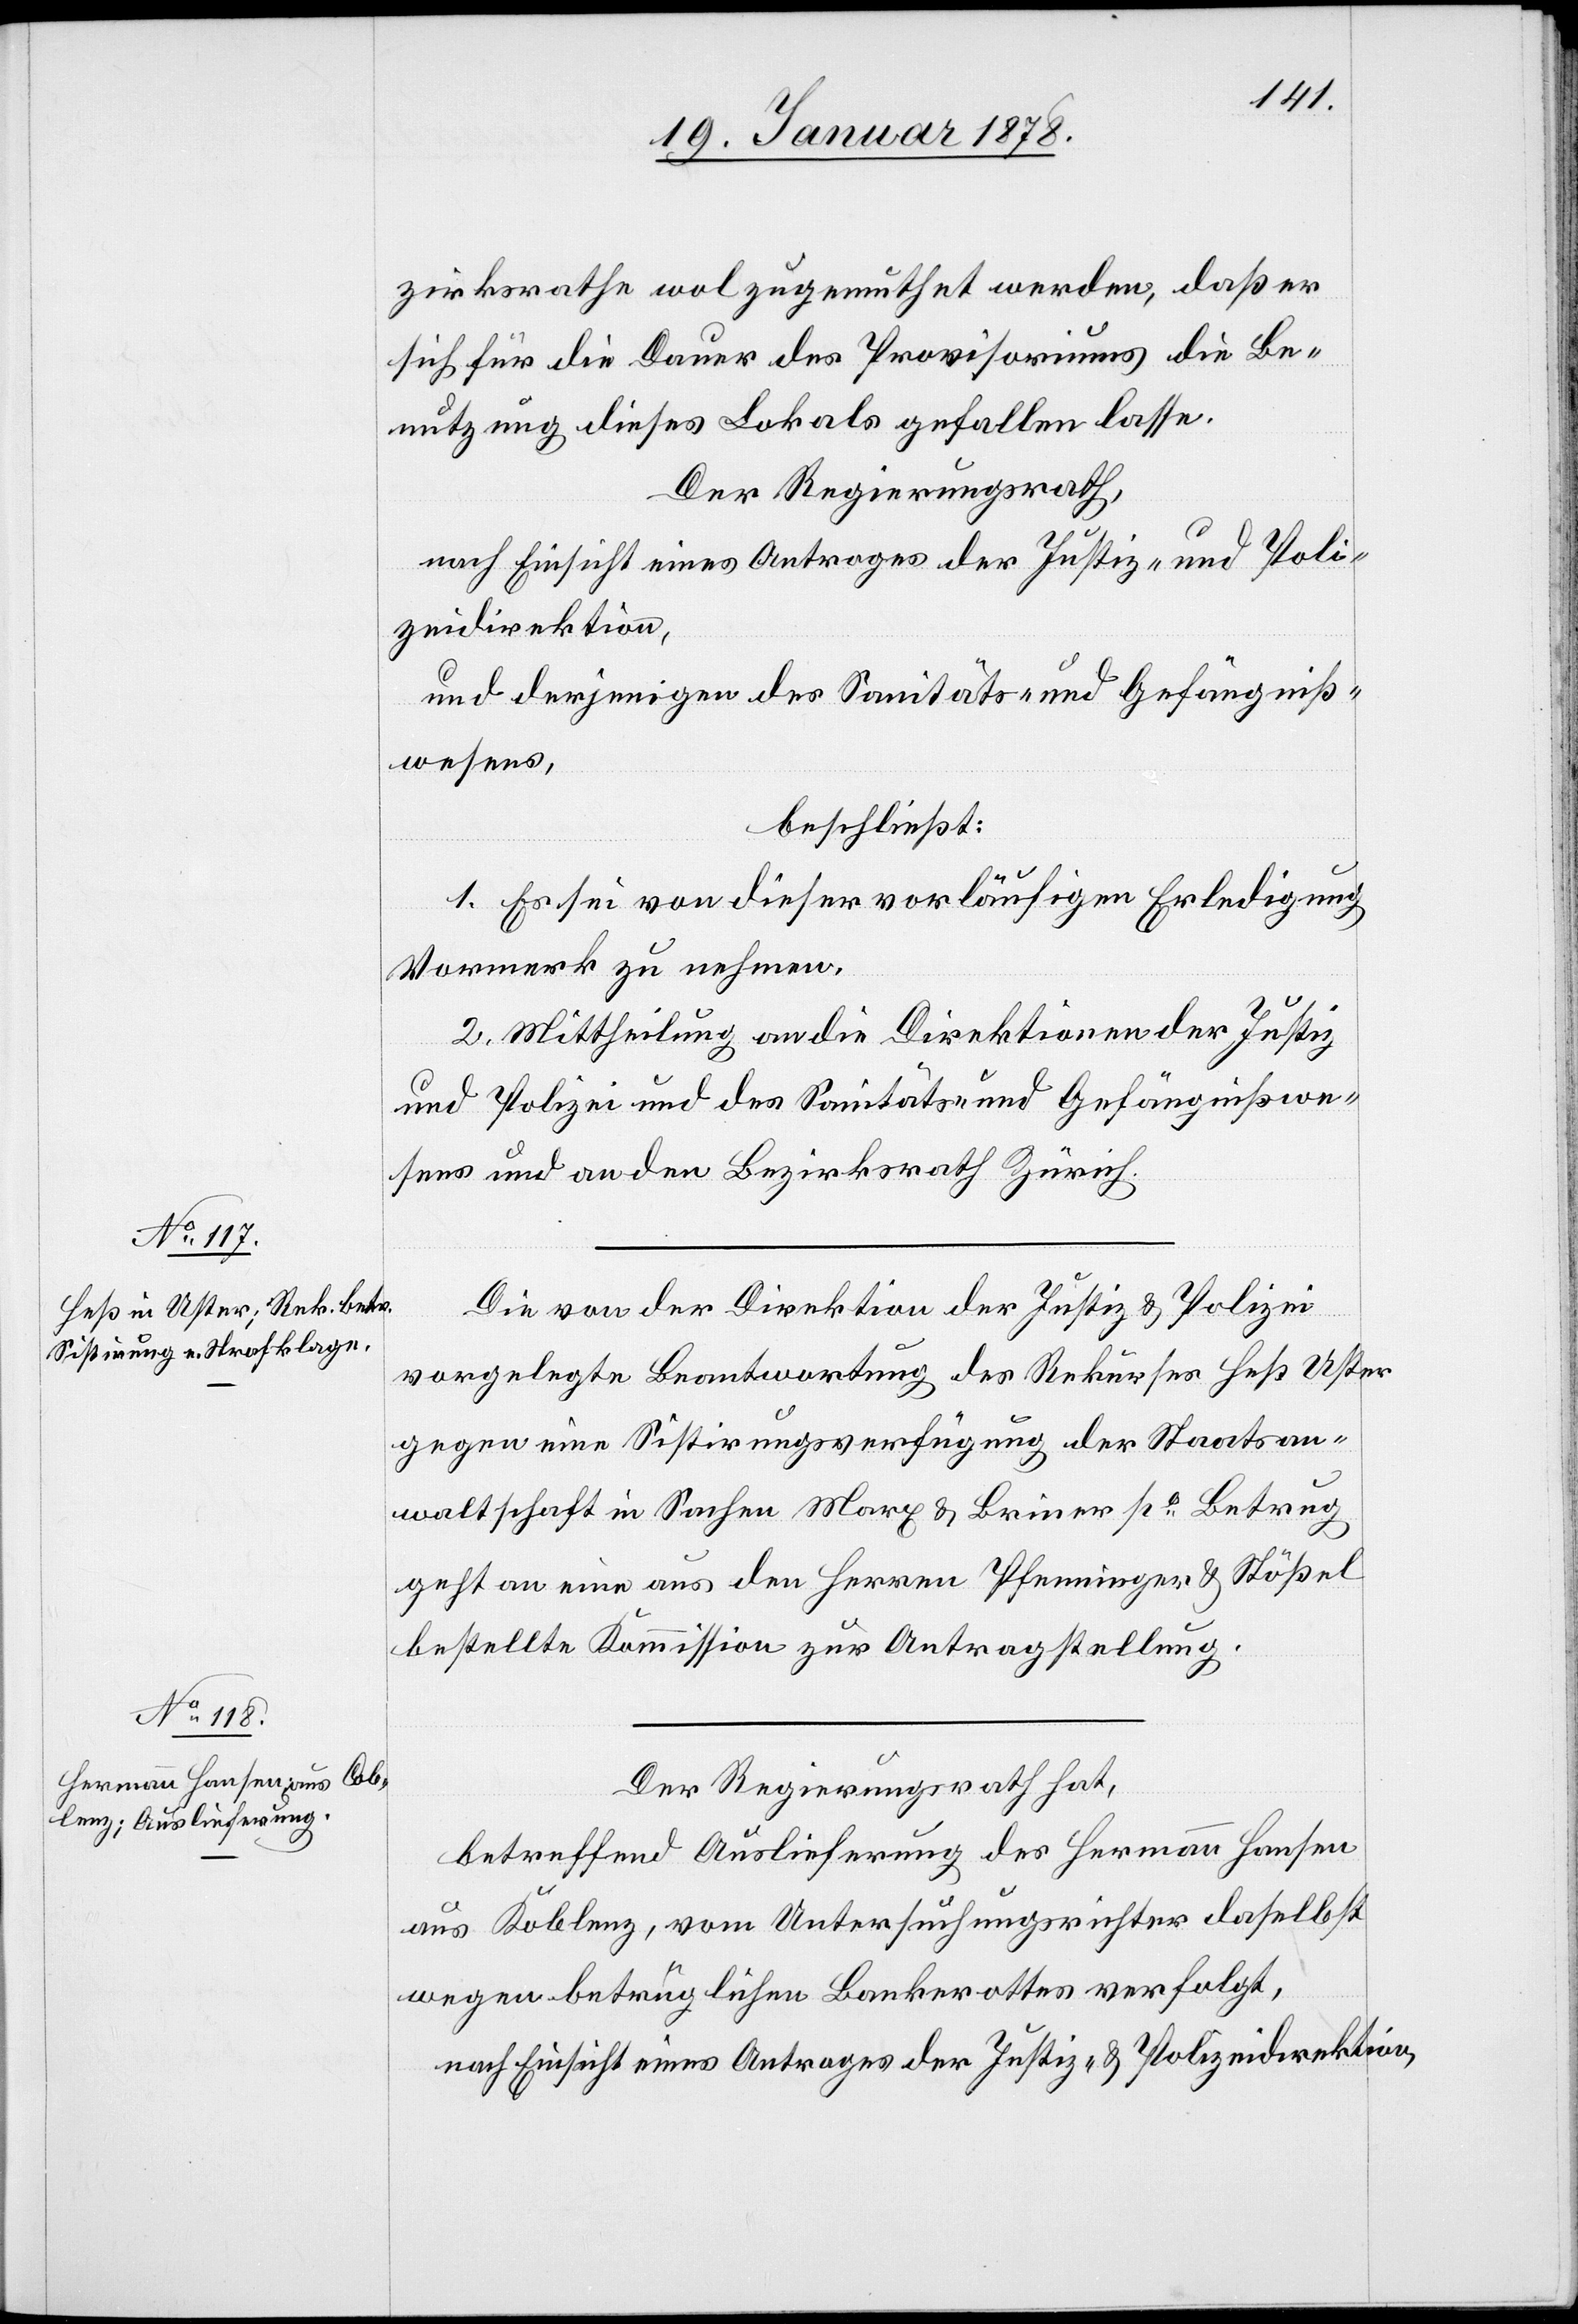
zirksrathe wol zugemuthet werden, daß er
sich für die Dauer des Provisoriums die Be¬
nutzung dieses Lokals gefallen lasse.
Der Regierungsrath,
nach Einsicht eines Antrages der Justiz- und Poli¬
zeidirektion,
und derjenigen des Sanitäts- & Gefängniß¬
wesens,
beschließt:
1. Es sei von dieser vorläufigen Erledigung
Vormerk zu nehmen.
2. Mittheilung an die Direktion der Justiz
und Polizei und das Sanitäts- & Gefängnißwe¬
sens und an den Bezirksrath Zürich.
Die von der Direktion der Justiz & Polizei
vorgelegte Beantwortung des Rekurses Heß Uster
gegen eine Sistirungsverfügung der Staatsan¬
waltschaft in Sachen Marx & Briner po Betrug
geht an eine aus den Herren Pfenninger & Stößel
bestellte Kommission zur Antragstellung.
Der Regierungsrath hat,
betreffend Auslieferung des Hermann Hausen
aus Koblenz, vom Untersuchungsrichter daselbst
wegen betrüglichen Bankrotten verfolgt,
nach Einsicht eines Antrages der Justiz- & Polizeidirektion,